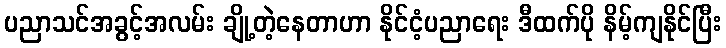
ပညာသင်အခွင့်အလမ်း ချို့တဲ့နေတာဟာ နိုင်ငံ့ပညာရေး ဒီထက်ပို နိမ့်ကျနိုင်ပြီး